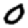
Digit: 0